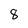
Character: 8